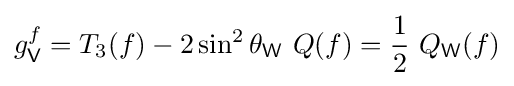
g_{\mathsf {V}}^{f}=T_{3}(f)-2\sin ^{2}\theta _{\mathsf {W}}\ Q(f)={\frac {1}{2}}\ Q_{\mathsf {W}}(f)